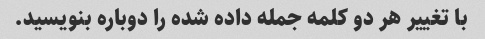
با تغییر هر دو کلمه جمله داده شده را دوباره بنویسید.